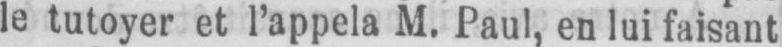
le tutoyer et l’appela M. Paul, en lui faisant